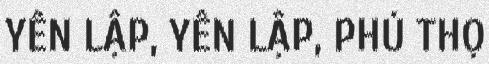
YÊN LẬP, YÊN LẬP, PHÚ THỌ